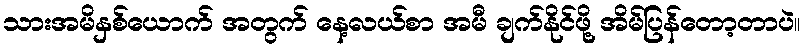
သားအမိနှစ်ယောက် အတွက် နေ့လယ်စာ အမီ ချက်နိုင်ဖို့ အိမ်ပြန်တော့တာပဲ။